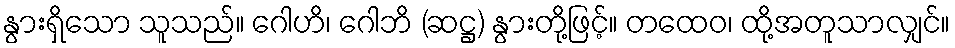
နွားရှိသော သူသည်။ ဂေါဟိ၊ ဂေါဘိ (ဆဋ္ဌ) နွားတို့ဖြင့်။ တထေဝ၊ ထို့အတူသာလျှင်။